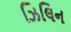
ઝિલિન